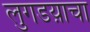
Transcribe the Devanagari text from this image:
लुगडय़ाचा